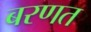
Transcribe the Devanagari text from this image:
बरणत